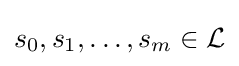
s_{0},s_{1},\dotsc ,s_{m}\in {\mathcal {L}}